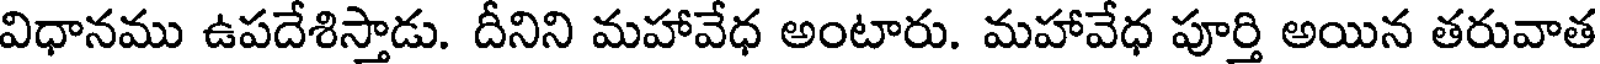
విధానము ఉపదేశిస్తాడు. దీనిని మహావేధ అంటారు. మహావేధ పూర్తి అయిన తరువాత